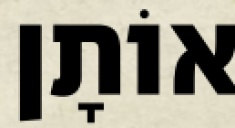
אוֹתָן